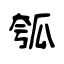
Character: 瓠